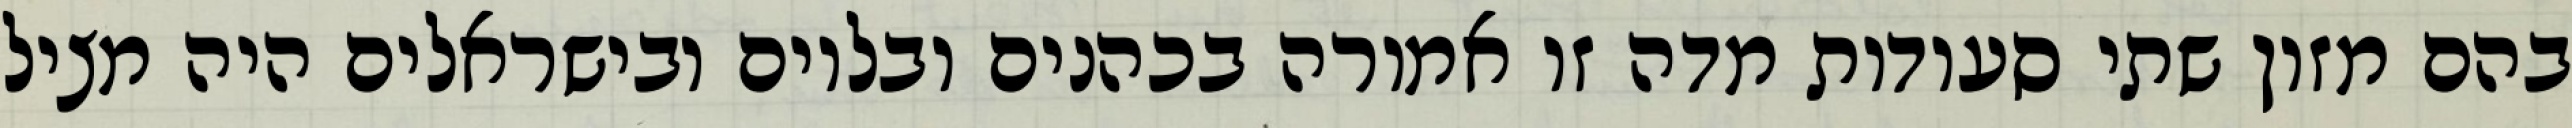
בהם מזון שתי סעודות מדה זו אמורה בכהנים ובלוים ובישראלים היה מציל